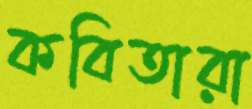
কবিতারা